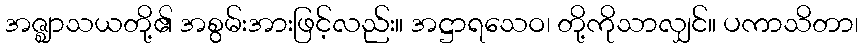
အဇ္ဈာသယတို့၏ အစွမ်းအားဖြင့်လည်း။ အဋ္ဌာရသေဝ၊ တို့ကိုသာလျှင်။ ပကာသိတာ၊